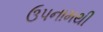
ઉપનામથી